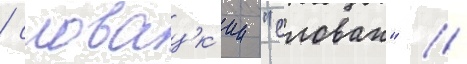
/ словацк'ии "слован" //